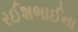
રઈશભાઈના